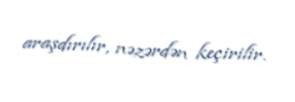
araşdırılır, nəzərdən keçirilir.